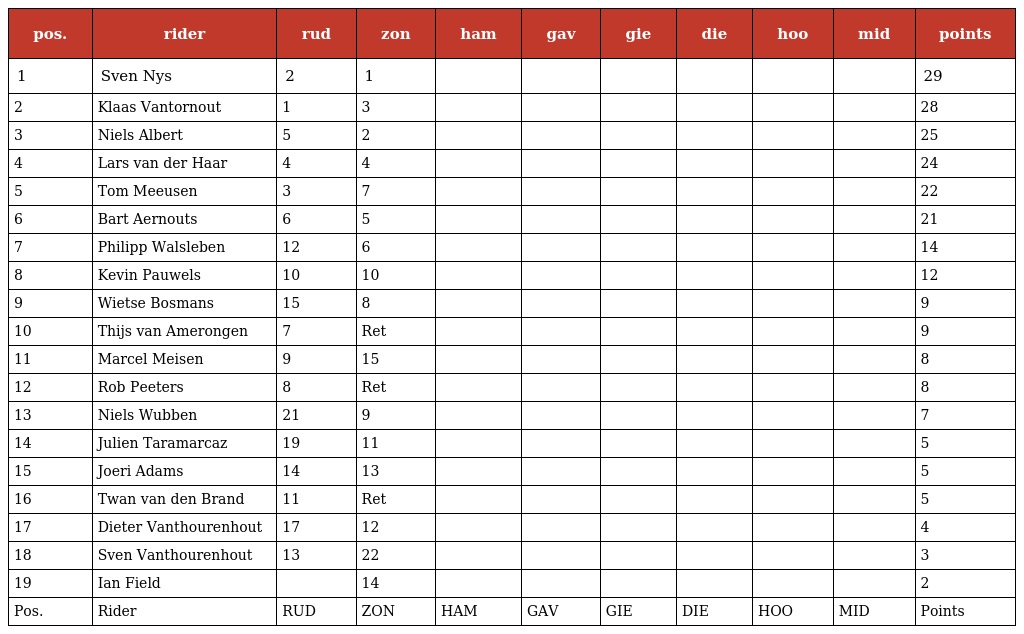
| pos. | rider | rud | zon | ham | gav | gie | die | hoo | mid | points |
 | --- | --- | --- | --- | --- | --- | --- | --- | --- | --- | --- |
 | 1 | Sven Nys | 2 | 1 |  |  |  |  |  |  | 29 |
 | 2 | Klaas Vantornout | 1 | 3 |  |  |  |  |  |  | 28 |
 | 3 | Niels Albert | 5 | 2 |  |  |  |  |  |  | 25 |
 | 4 | Lars van der Haar | 4 | 4 |  |  |  |  |  |  | 24 |
 | 5 | Tom Meeusen | 3 | 7 |  |  |  |  |  |  | 22 |
 | 6 | Bart Aernouts | 6 | 5 |  |  |  |  |  |  | 21 |
 | 7 | Philipp Walsleben | 12 | 6 |  |  |  |  |  |  | 14 |
 | 8 | Kevin Pauwels | 10 | 10 |  |  |  |  |  |  | 12 |
 | 9 | Wietse Bosmans | 15 | 8 |  |  |  |  |  |  | 9 |
 | 10 | Thijs van Amerongen | 7 | Ret |  |  |  |  |  |  | 9 |
 | 11 | Marcel Meisen | 9 | 15 |  |  |  |  |  |  | 8 |
 | 12 | Rob Peeters | 8 | Ret |  |  |  |  |  |  | 8 |
 | 13 | Niels Wubben | 21 | 9 |  |  |  |  |  |  | 7 |
 | 14 | Julien Taramarcaz | 19 | 11 |  |  |  |  |  |  | 5 |
 | 15 | Joeri Adams | 14 | 13 |  |  |  |  |  |  | 5 |
 | 16 | Twan van den Brand | 11 | Ret |  |  |  |  |  |  | 5 |
 | 17 | Dieter Vanthourenhout | 17 | 12 |  |  |  |  |  |  | 4 |
 | 18 | Sven Vanthourenhout | 13 | 22 |  |  |  |  |  |  | 3 |
 | 19 | Ian Field |  | 14 |  |  |  |  |  |  | 2 |
 | Pos. | Rider | RUD | ZON | HAM | GAV | GIE | DIE | HOO | MID | Points |